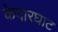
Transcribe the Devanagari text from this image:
केदारघाट